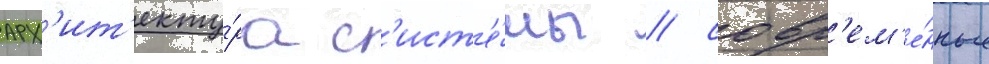
арх'ит'екту́ра с'ист'е́мы / совр'ем'е́нные